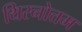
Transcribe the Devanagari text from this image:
थिरनोत्तम